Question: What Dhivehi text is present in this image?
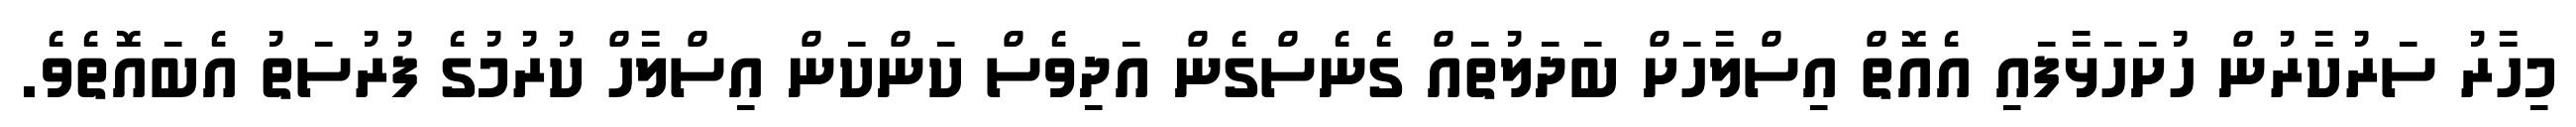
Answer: މިހާރު ސަރުކާރުން ހުށަހަޅާފައި އެއޮތް އިސްލާހަށް ބަދަލުތައް ގެނެސްގެން އަދިވެސް ކަންކަން އިސްލާހް ކުރުމުގެ ފުރުސަތު އެބައޮތެވެ.